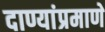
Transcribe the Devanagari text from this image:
दाण्यांप्रमाणे